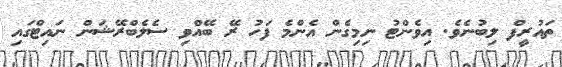
ތައުރީފް ލިބުނެވެ. އިވެންޓު ނިމިގެން އެންމެ ފަހު ރޭ ބޭއްވި ސެލެބްރޭޝަން ނައިޓްގައި